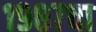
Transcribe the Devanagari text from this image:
१९८७चा